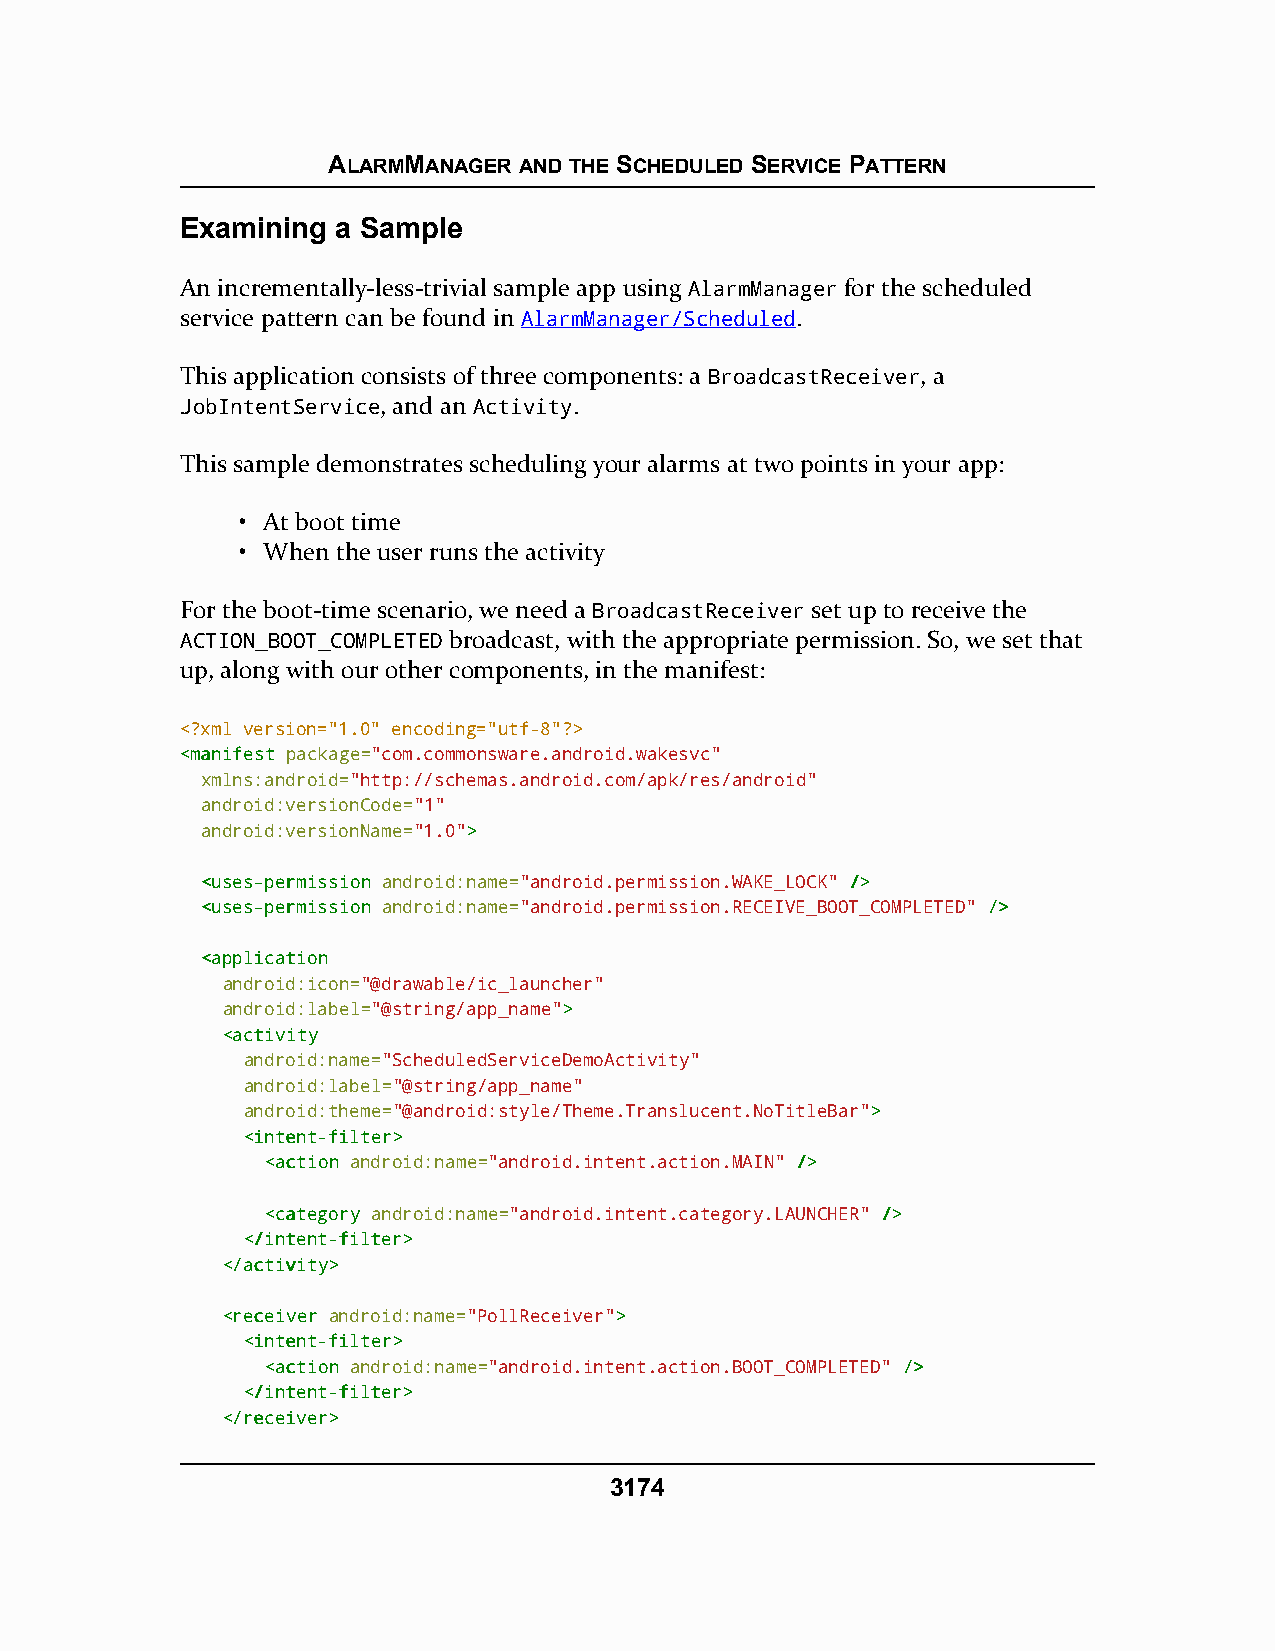
ALARMMANAGER AND THE SCHEDULED SERVICE PATTERN
 Examining a Sample
 An incrementally-less-trivial sample app using AlarmManager for the scheduled
 service pattern can be found in AlarmManager/Scheduled.
 This application consists of three components: a BroadcastReceiver, a
 JobIntentService, and an Activity.
 This sample demonstrates scheduling your alarms at two points in your app:
 • At boot time
 • When the user runs the activity
 For the boot-time scenario, we need a BroadcastReceiver set up to receive the
 ACTION_BOOT_COMPLETED broadcast, with the appropriate permission. So, we set that
 up, along with our other components, in the manifest:
 <?xml version="1.0" encoding="utf-8"?>
 <<mmaanniiffeesstt package="com.commonsware.android.wakesvc"
 xmlns:android="http://schemas.android.com/apk/res/android"
 android:versionCode="1"
 android:versionName="1.0">>
 <<uusseess--ppeerrmmiissssiioonn android:name="android.permission.WAKE_LOCK" //>>
 <<uusseess--ppeerrmmiissssiioonn android:name="android.permission.RECEIVE_BOOT_COMPLETED" //>>
 <<aapppplliiccaattiioonn
 android:icon="@drawable/ic_launcher"
 android:label="@string/app_name">>
 <<aaccttiivviittyy
 android:name="ScheduledServiceDemoActivity"
 android:label="@string/app_name"
 android:theme="@android:style/Theme.Translucent.NoTitleBar">>
 <<iinntteenntt--ffiilltteerr>>
 <<aaccttiioonn android:name="android.intent.action.MAIN" //>>
 <<ccaatteeggoorryy android:name="android.intent.category.LAUNCHER" //>>
 <<//iinntteenntt--ffiilltteerr>>
 <<//aaccttiivviittyy>>
 <<rreecceeiivveerr android:name="PollReceiver">>
 <<iinntteenntt--ffiilltteerr>>
 <<aaccttiioonn android:name="android.intent.action.BOOT_COMPLETED" //>>
 <<//iinntteenntt--ffiilltteerr>>
 <<//rreecceeiivveerr>>
 3174